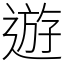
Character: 遊